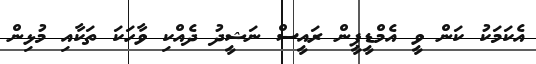
އެކަމަކު ކަން ވީ އެމްޑީޕީން ރައީސް ނަޝީދު ދެއްކި ވާހަކަ ތަކާއި މުޅިން